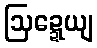
ဩဍ္ဍေယျ